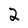
Character: 2